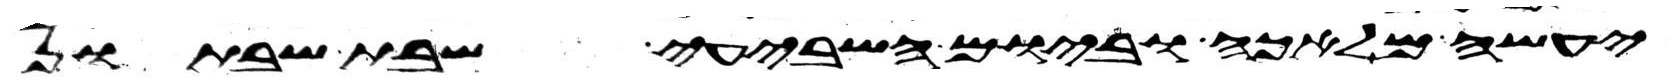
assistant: יעשה מלאכה וביום השביעי שבת שבתון